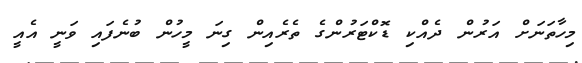
މިހާތަނަށް އަރުން ދެއްކި ޑޮކްޓަރުންގެ ތެރެއިން ގިނަ މީހުން ބުނެފައި ވަނީ އެއީ